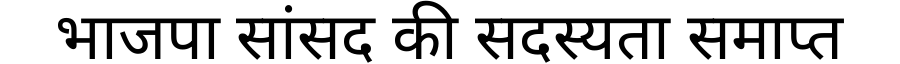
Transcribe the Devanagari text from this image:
भाजपा सांसद की सदस्यता समाप्त